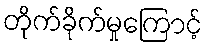
တိုက်ခိုက်မှုကြောင့်